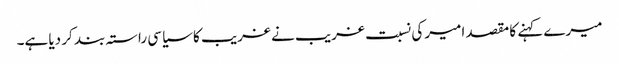
میرے کہنے کا مقصد امیر کی نسبت غریب نے غریب کا سیاسی راستہ بند کر دیا ہے۔